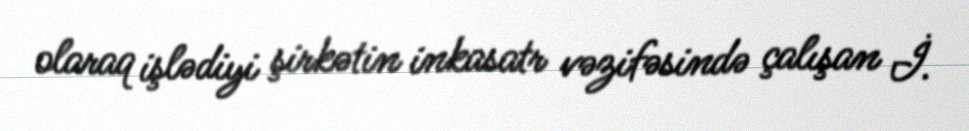
olaraq işlədiyi şirkətin inkasatr vəzifəsində çalışan İ.